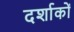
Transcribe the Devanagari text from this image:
दर्शाकों